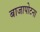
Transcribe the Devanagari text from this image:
बाजापोटना